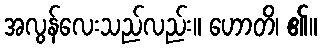
အလွန်လေးသည်လည်း။ ဟောတိ၊ ၏။